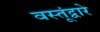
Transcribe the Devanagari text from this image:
वस्तूंद्वारे